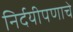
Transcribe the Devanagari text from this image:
निर्दयीपणाचे